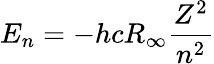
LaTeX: E_{n}=-hcR_{\infty}{\frac{Z^{2}}{n^{2}}}